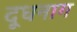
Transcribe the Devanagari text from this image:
दूधनाग